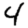
Digit: 4